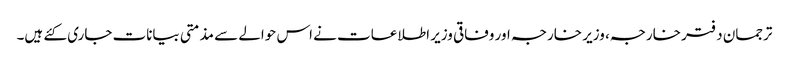
ترجمان دفتر خارجہ، وزیر خارجہ اور وفاقی وزیر اطلاعات نے اس حوالے سے مذمتی بیانات جاری کئے ہیں۔